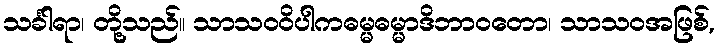
သင်္ခါရာ၊ တို့သည်။ သာသဝဝိပါကဓမ္မဓမ္မာဒိဘာဝတော၊ သာသဝအဖြစ်,